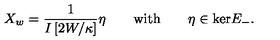
X _ { w } = \frac { 1 } { I \left[ 2 W / \kappa \right] } \eta \qquad \mathrm { w i t h } \qquad \eta \in \mathrm { k e r } E _ { - } .